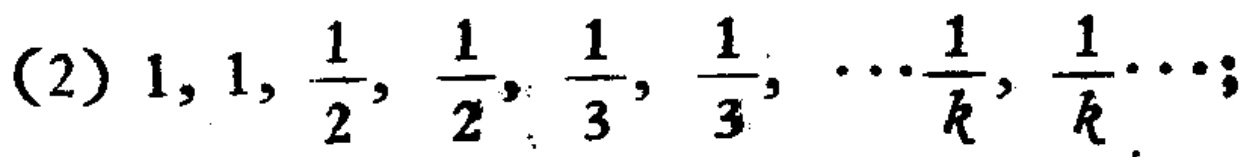
(2) $1,1,\frac{1}{2},\frac{1}{2},\frac{1}{3},\frac{1}{3},\cdots\frac{1}{k},\frac{1}{k}\cdots;$